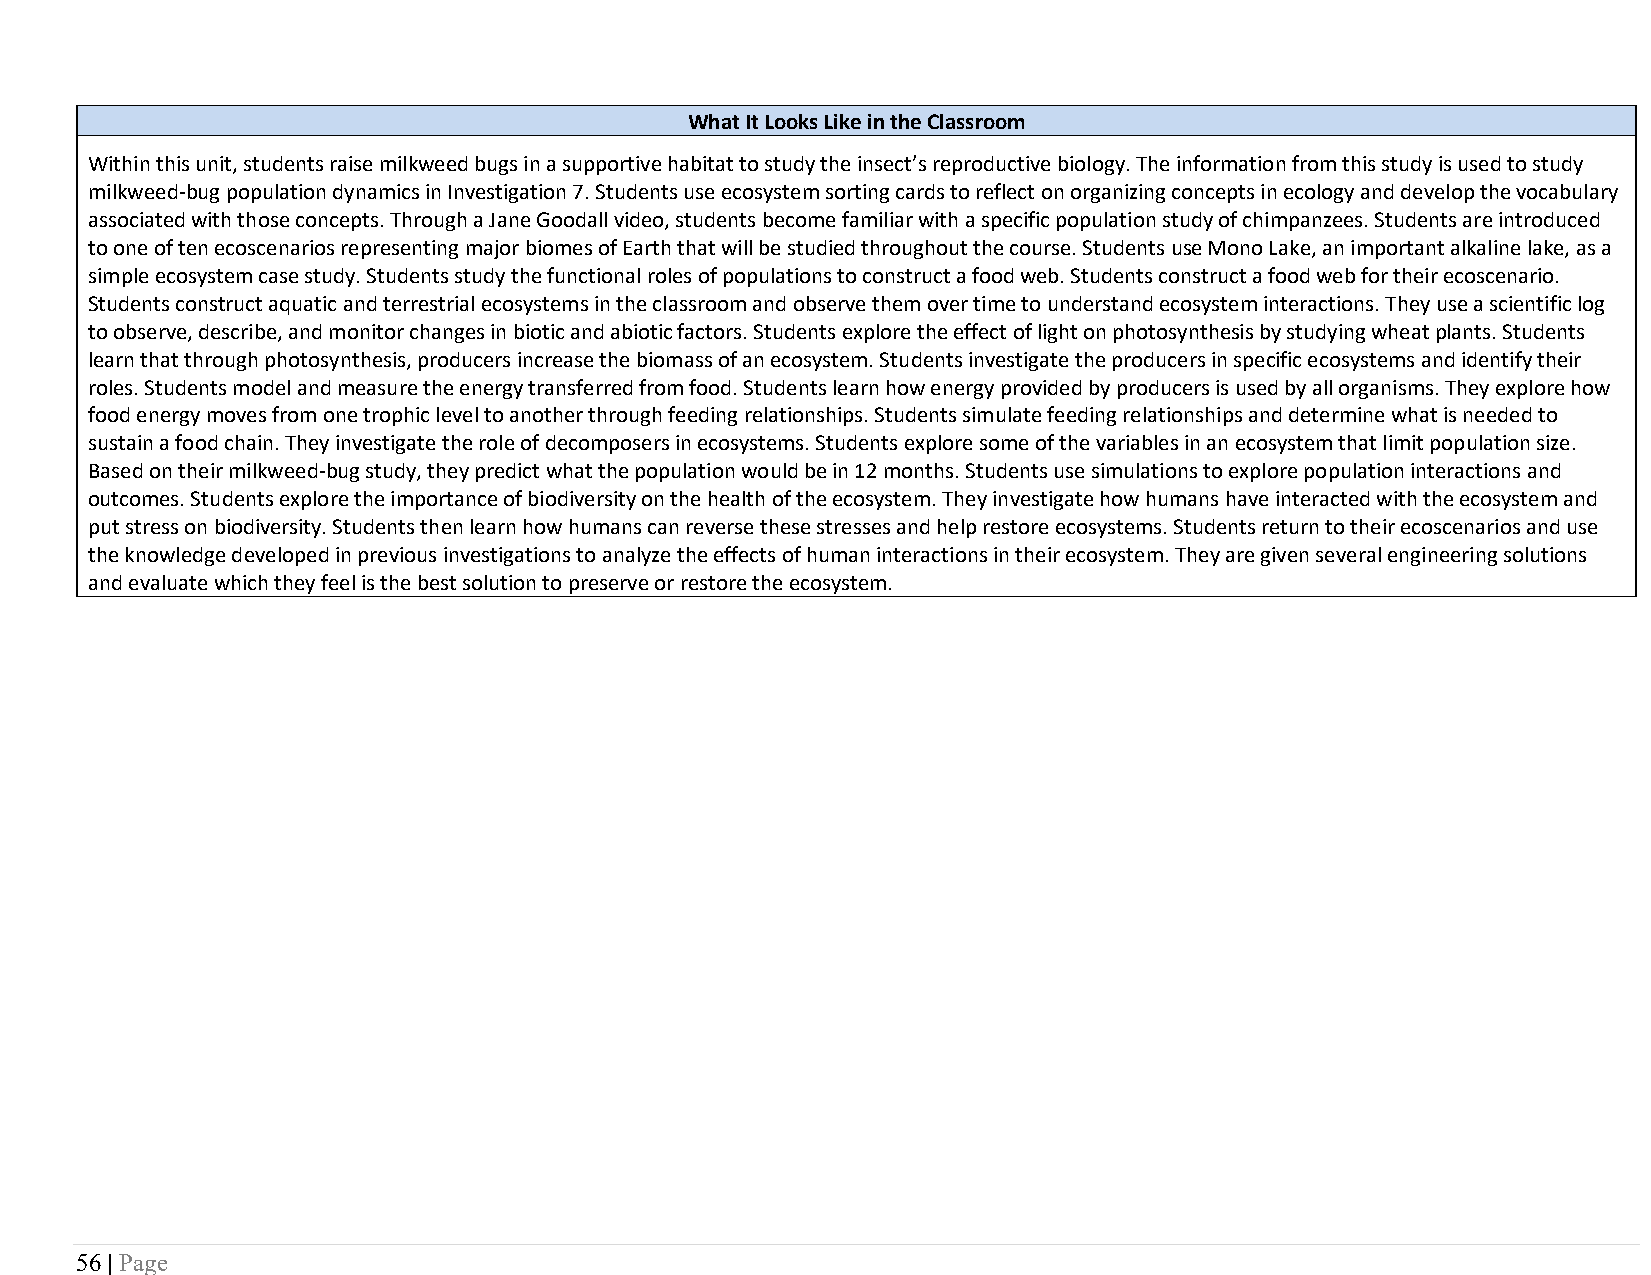
What It Looks Like in the Classroom
 Within this unit, students raise milkweed bugs in a supportive habitat to study the insect’s reproductive biology. The information from this study is used to study
 milkweed-bug population dynamics in Investigation 7. Students use ecosystem sorting cards to reflect on organizing concepts in ecology and develop the vocabulary
 associated with those concepts. Through a Jane Goodall video, students become familiar with a specific population study of chimpanzees. Students are introduced
 to one of ten ecoscenarios representing major biomes of Earth that will be studied throughout the course. Students use Mono Lake, an important alkaline lake, as a
 simple ecosystem case study. Students study the functional roles of populations to construct a food web. Students construct a food web for their ecoscenario.
 Students construct aquatic and terrestrial ecosystems in the classroom and observe them over time to understand ecosystem interactions. They use a scientific log
 to observe, describe, and monitor changes in biotic and abiotic factors. Students explore the effect of light on photosynthesis by studying wheat plants. Students
 learn that through photosynthesis, producers increase the biomass of an ecosystem. Students investigate the producers in specific ecosystems and identify their
 roles. Students model and measure the energy transferred from food. Students learn how energy provided by producers is used by all organisms. They explore how
 food energy moves from one trophic level to another through feeding relationships. Students simulate feeding relationships and determine what is needed to
 sustain a food chain. They investigate the role of decomposers in ecosystems. Students explore some of the variables in an ecosystem that limit population size.
 Based on their milkweed-bug study, they predict what the population would be in 12 months. Students use simulations to explore population interactions and
 outcomes. Students explore the importance of biodiversity on the health of the ecosystem. They investigate how humans have interacted with the ecosystem and
 put stress on biodiversity. Students then learn how humans can reverse these stresses and help restore ecosystems. Students return to their ecoscenarios and use
 the knowledge developed in previous investigations to analyze the effects of human interactions in their ecosystem. They are given several engineering solutions
 and evaluate which they feel is the best solution to preserve or restore the ecosystem.
 56 | Page